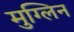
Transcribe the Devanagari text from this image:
मुग्लिन